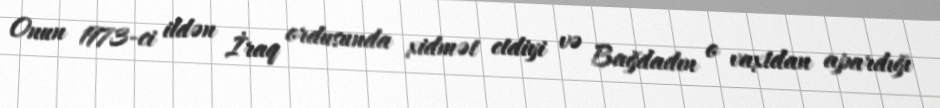
Onun 1973-ci ildən İraq ordusunda xidmət etdiyi və Bağdadın o vaxtdan apardığı